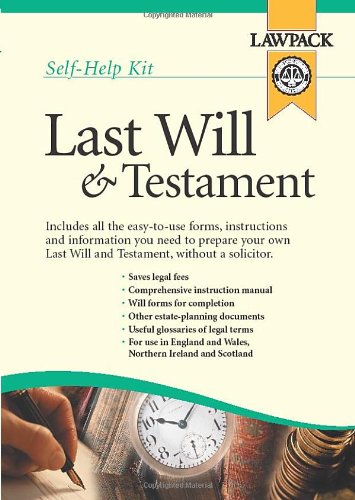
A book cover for Last Will and Testament Kit; *             ; Law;